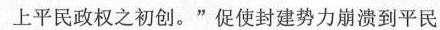
上平民政权之初创。”促使封建势力崩溃到平民